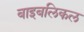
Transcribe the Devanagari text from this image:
बाइबलिकल